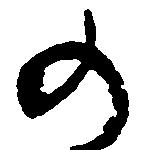
の